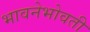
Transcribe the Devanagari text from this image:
भावनेभोवती